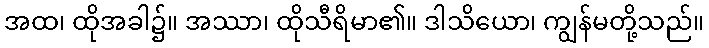
အထ၊ ထိုအခါ၌။ အဿာ၊ ထိုသီရိမာ၏။ ဒါသိယော၊ ကျွန်မတို့သည်။